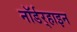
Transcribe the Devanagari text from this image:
नॉर्डर्‍हाइन